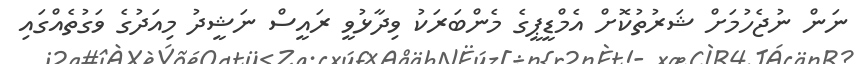
ނަން ނުޖެހުމަށް ޝަރުތުކޮށް އެމްޑީޕީގެ މެންބަރަކު ވިދާޅުވީ ރައީސް ނަޝީދު މިއަދުގެ ވަގުތެއްގައި